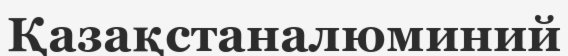
Қазақстаналюминий